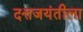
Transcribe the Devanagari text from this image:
दत्तजयंतीला